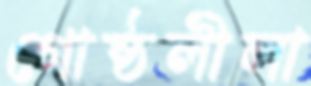
গোষ্ঠলীলা